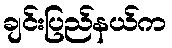
ချင်းပြည်နယ်က